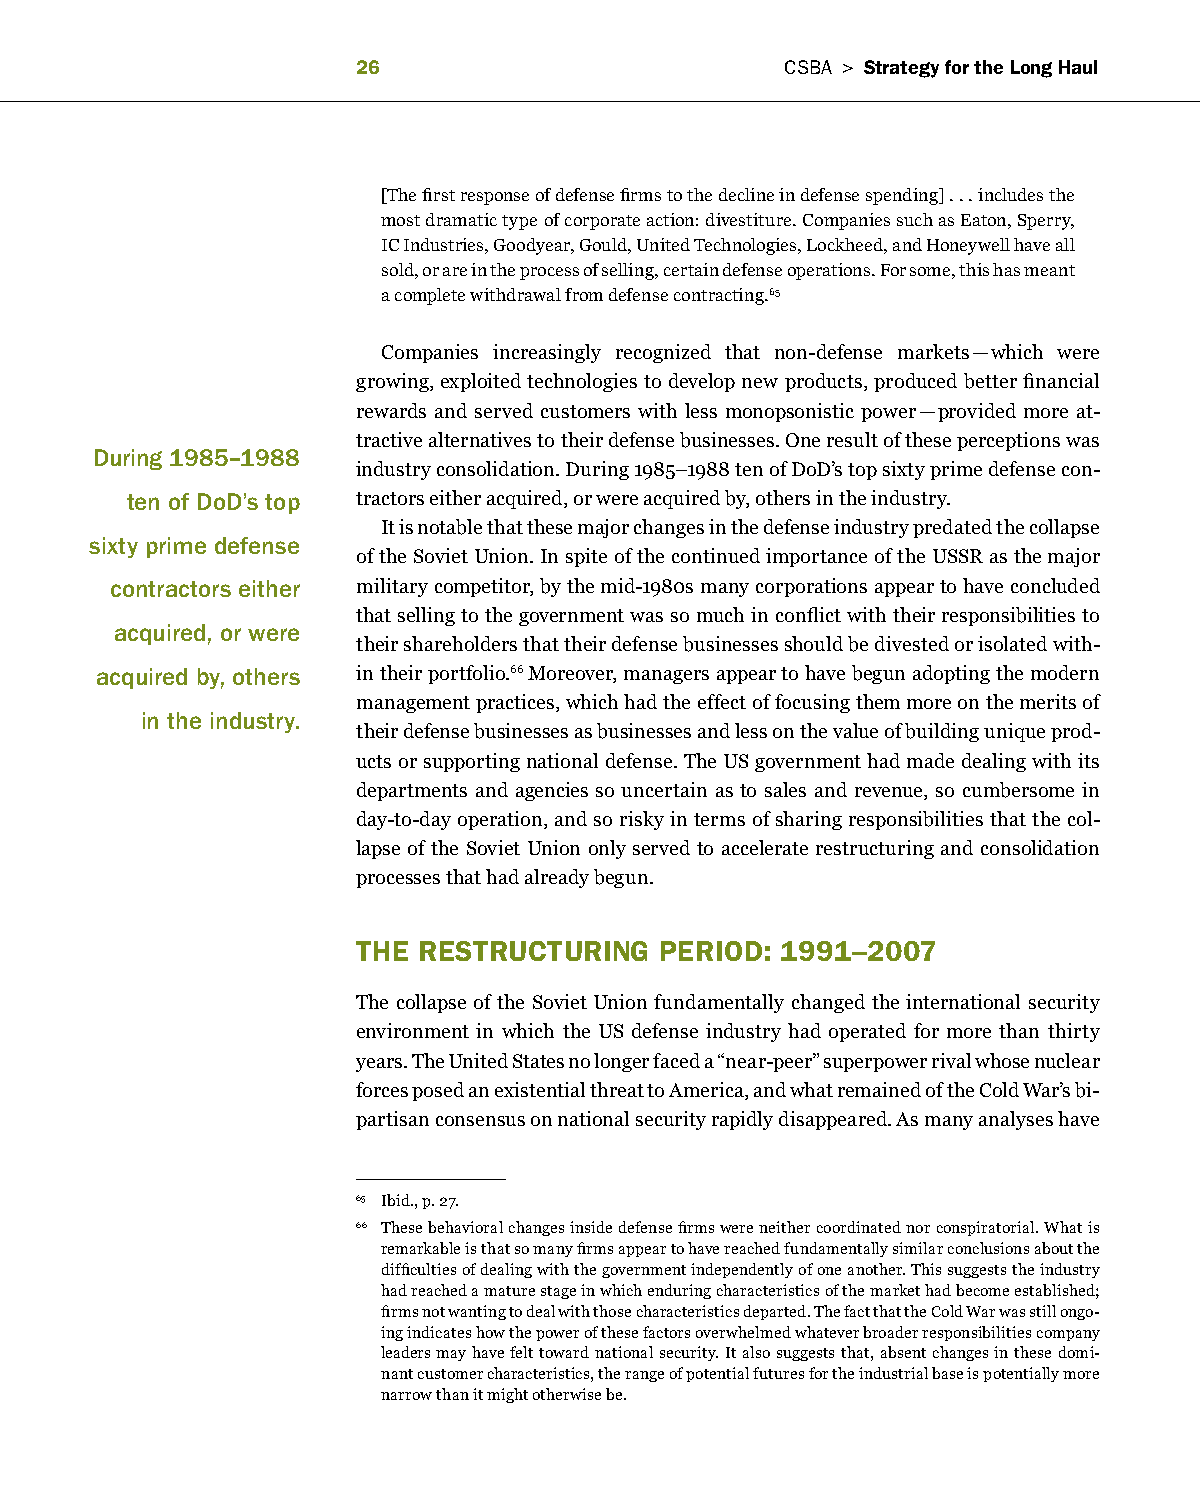
                          CSBa > Strategy for the long haul
 [The first response of defense firms to the decline in defense spending] . . . includes the
 most dramatic type of corporate action: divestiture. Companies such as Eaton, Sperry,
 IC Industries, Goodyear, Gould, United Technologies, Lockheed, and Honeywell have all
 sold, or are in the process of selling, certain defense operations. For some, this has meant
 a complete withdrawal from defense contracting.65
 Companies increasingly recognized that non-defense markets — which were
 growing, exploited technologies to develop new products, produced better financial
 rewards and served customers with less monopsonistic power — provided more at-
 tractive alternatives to their defense businesses. One result of these perceptions was
 During 1985–1988
 industry consolidation. During 1985–1988 ten of DoD’s top sixty prime defense con-
 ten of DoD’s top tractors either acquired, or were acquired by, others in the industry.
 It is notable that these major changes in the defense industry predated the collapse
 sixty prime defense
 of the Soviet Union. In spite of the continued importance of the USSR as the major
 contractors either military competitor, by the mid-1980s many corporations appear to have concluded
 that selling to the government was so much in conflict with their responsibilities to
 acquired, or were
 their shareholders that their defense businesses should be divested or isolated with-
 acquired by, others in their portfolio.66 Moreover, managers appear to have begun adopting the modern
 management practices, which had the effect of focusing them more on the merits of
 in the industry.
 their defense businesses as businesses and less on the value of building unique prod-
 ucts or supporting national defense. The US government had made dealing with its
 departments and agencies so uncertain as to sales and revenue, so cumbersome in
 day-to-day operation, and so risky in terms of sharing responsibilities that the col-
 lapse of the Soviet Union only served to accelerate restructuring and consolidation
 processes that had already begun.
 The reSTrUcTUrIng   PerIoD: 1991–00
 The collapse of the Soviet Union fundamentally changed the international security
 environment in which the US defense industry had operated for more than thirty
 years. The United States no longer faced a “near-peer” superpower rival whose nuclear
 forces posed an existential threat to America, and what remained of the Cold War’s bi-
 partisan consensus on national security rapidly disappeared. As many analyses have
 65 Ibid., p. 27.
 66 These behavioral changes inside defense firms were neither coordinated nor conspiratorial. What is
 remarkable is that so many firms appear to have reached fundamentally similar conclusions about the
 difficulties of dealing with the government independently of one another. This suggests the industry
 had reached a mature stage in which enduring characteristics of the market had become established;
 firms not wanting to deal with those characteristics departed. The fact that the Cold War was still ongo-
 ing indicates how the power of these factors overwhelmed whatever broader responsibilities company
 leaders may have felt toward national security. It also suggests that, absent changes in these domi-
 nant customer characteristics, the range of potential futures for the industrial base is potentially more
 narrow than it might otherwise be.